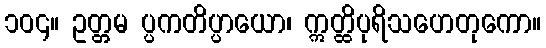
၁၀၄။ ဥတ္တမ ပ္ပကတိပ္ပာယော၊ ဣတ္ထိပုရိသဟေတုကော။